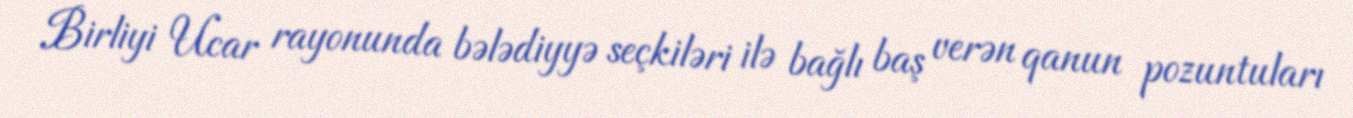
Birliyi Ucar rayonunda bələdiyyə seçkiləri ilə bağlı baş verən qanun pozuntuları